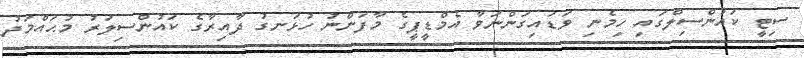
ސިޓީ ކައުންސިލްގައި ހިމެނި ވަޑައިގަންނަވާ އެމްޑީޕީގެ މާފަންނު ހުޅަނގު ދާއިރާގެ ކައުންސިލަރު މުޙައްމަދު